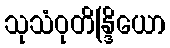
သုသံဝုတိန္ဒြိယော